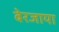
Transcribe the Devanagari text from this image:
बेरजाया